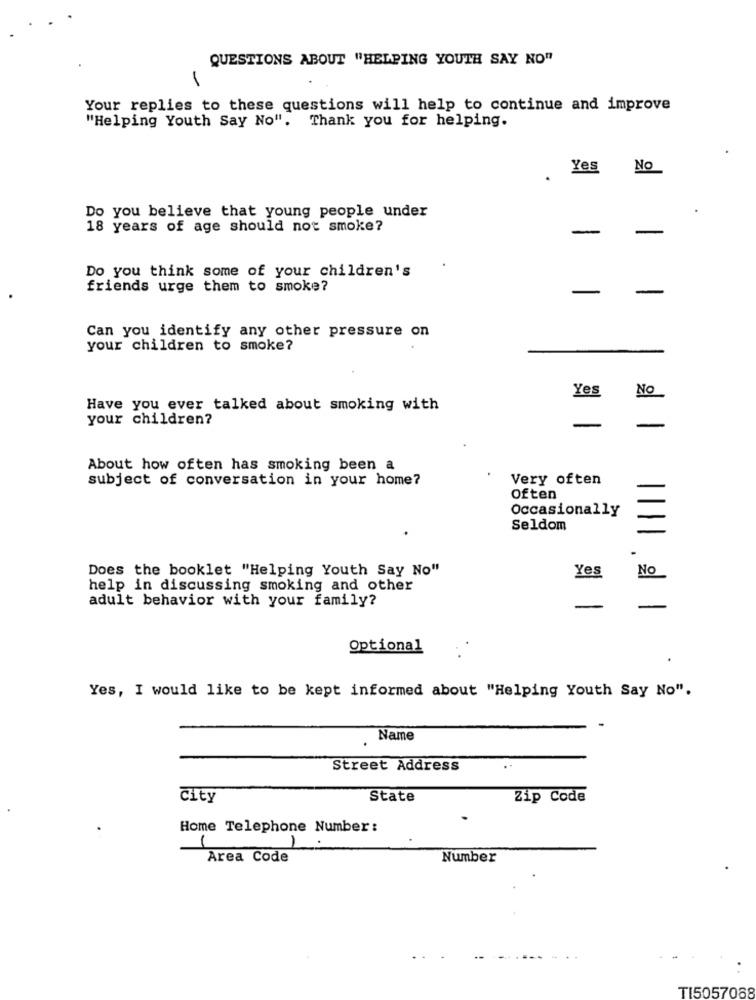
QUESTIONS ABOUT "HELPING YOUTH SAY NO"
Your replies to these questions will help to continue and improve
"Helping Youth Say No". Thank you for helping.
Yes
No
Do you believe that young people under
18 years of age should not smoke?
-
-
Do you think some of your children's
friends urge them to smoke?
-
-
Can you identify any other pressure on
your children to smoke?
Yes
Have you ever talked about smoking with
your children?
About how often has smoking been a
subject of conversation in your home?
Very often
often
Occasionally
Seldom
Does the booklet "Helping Youth Say No"
Yes
No
help in discussing smoking and other
adult behavior with your family?
Optional
Yes, I would like to be kept informed about "Helping Youth Say No".
Name
Street Address
city
State
Zip Code
Home Telephone Number :
1
1
Area Code
Number
TI5057088